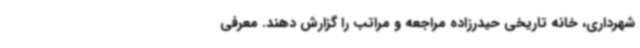
شهرداری، خانه تاریخی حیدرزاده مراجعه و مراتب را گزارش دهند. معرفی